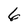
Character: 6